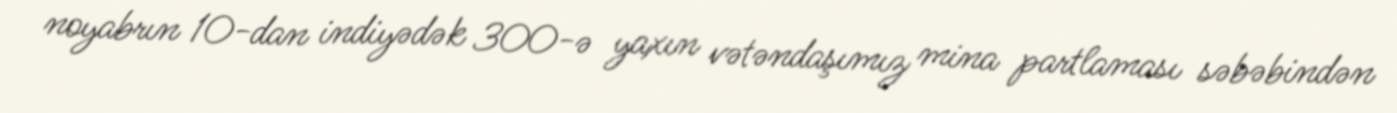
noyabrın 10-dan indiyədək 300-ə yaxın vətəndaşımız mina partlaması səbəbindən